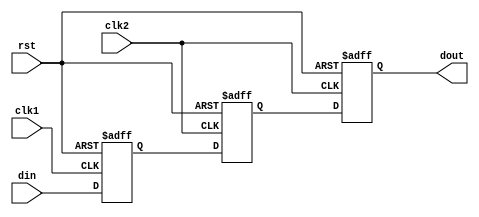
module mul_flop_syn (
  clk1,
 clk2, 
   rst,
  din,  
  dout  
  );

input clk1,clk2,rst,din;
output dout;
reg dout, din_flop;
reg mdata;

always@(posedge clk1 or negedge rst)
  if(!rst) din_flop <= 1'b0;
  else din_flop <= din;

always@(posedge clk2 or negedge rst)
begin
  if(!rst) 
  begin
    mdata <= 1'b0;
    dout  <= 1'b0;
  end
  else
  begin 
    mdata <= din_flop;
    dout  <= mdata;
  end
end
endmodule